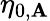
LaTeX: \eta_{0,\mathbf{A}}